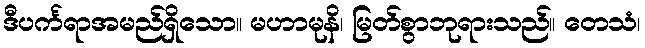
ဒီပင်္ကရာအမည်ရှိသော။ မဟာမုနိ၊ မြတ်စွာဘုရားသည်။ တေသံ၊